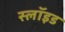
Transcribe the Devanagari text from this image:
स्लॉइड